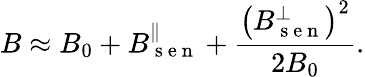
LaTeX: B\approx B_{0}+B_{\mathrm{~s~e~n~}}^{\parallel}+\frac{\left(B_{\mathrm{~s~e~n~}}^{\perp}\right)^{2}}{2B_{0}}.